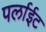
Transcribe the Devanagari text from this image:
पर्लाईट